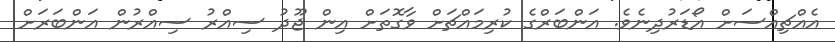
އެއްޗިއްސަށް އޯޑަރުދިނެވެ. އަންބަރްގެ ކުރިމައްޗަށް ވާގޮތަށް އިން ޖޫދު ސިއްރު ސިއްރުން އަންބަރަށް